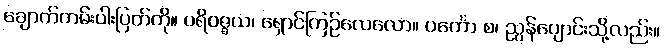
ချောက်ကမ်းပါးပြတ်ကို။ ပရိဝဇ္ဇယ၊ ရှောင်ကြဉ်လေလော။ ပင်္ကော စ၊ ညွန်ပျောင်းသို့လည်း။